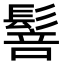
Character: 䯽